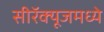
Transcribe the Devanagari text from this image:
सीरॅक्यूजमध्ये